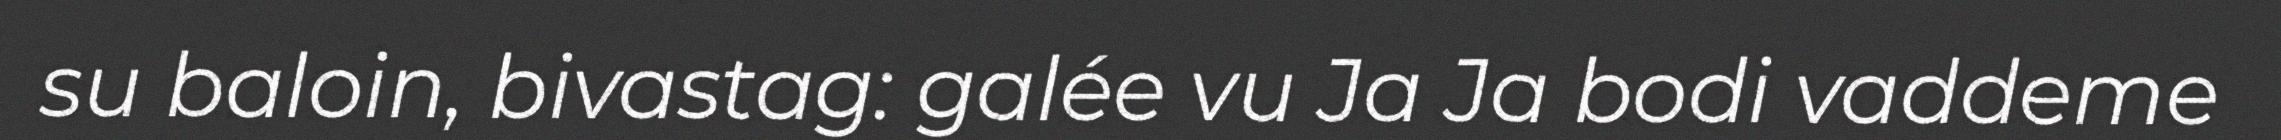
su baloin, bivastag: galée vu Ja Ja bodi vaddeme